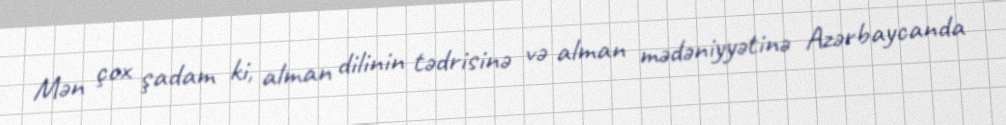
Mən çox şadam ki, alman dilinin tədrisinə və alman mədəniyyətinə Azərbaycanda